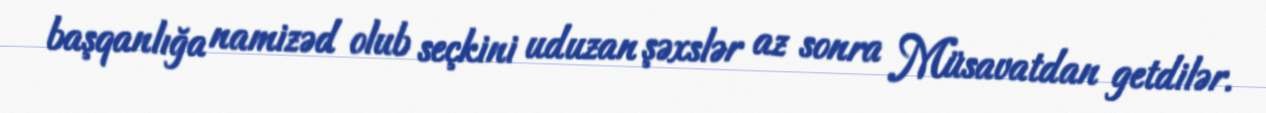
başqanlığa namizəd olub seçkini uduzan şəxslər az sonra Müsavatdan getdilər.